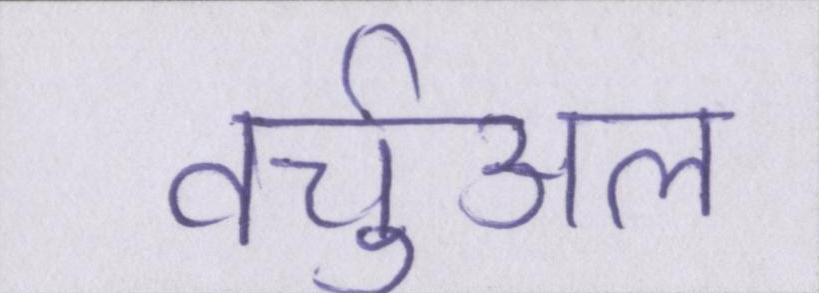
वर्चुअल